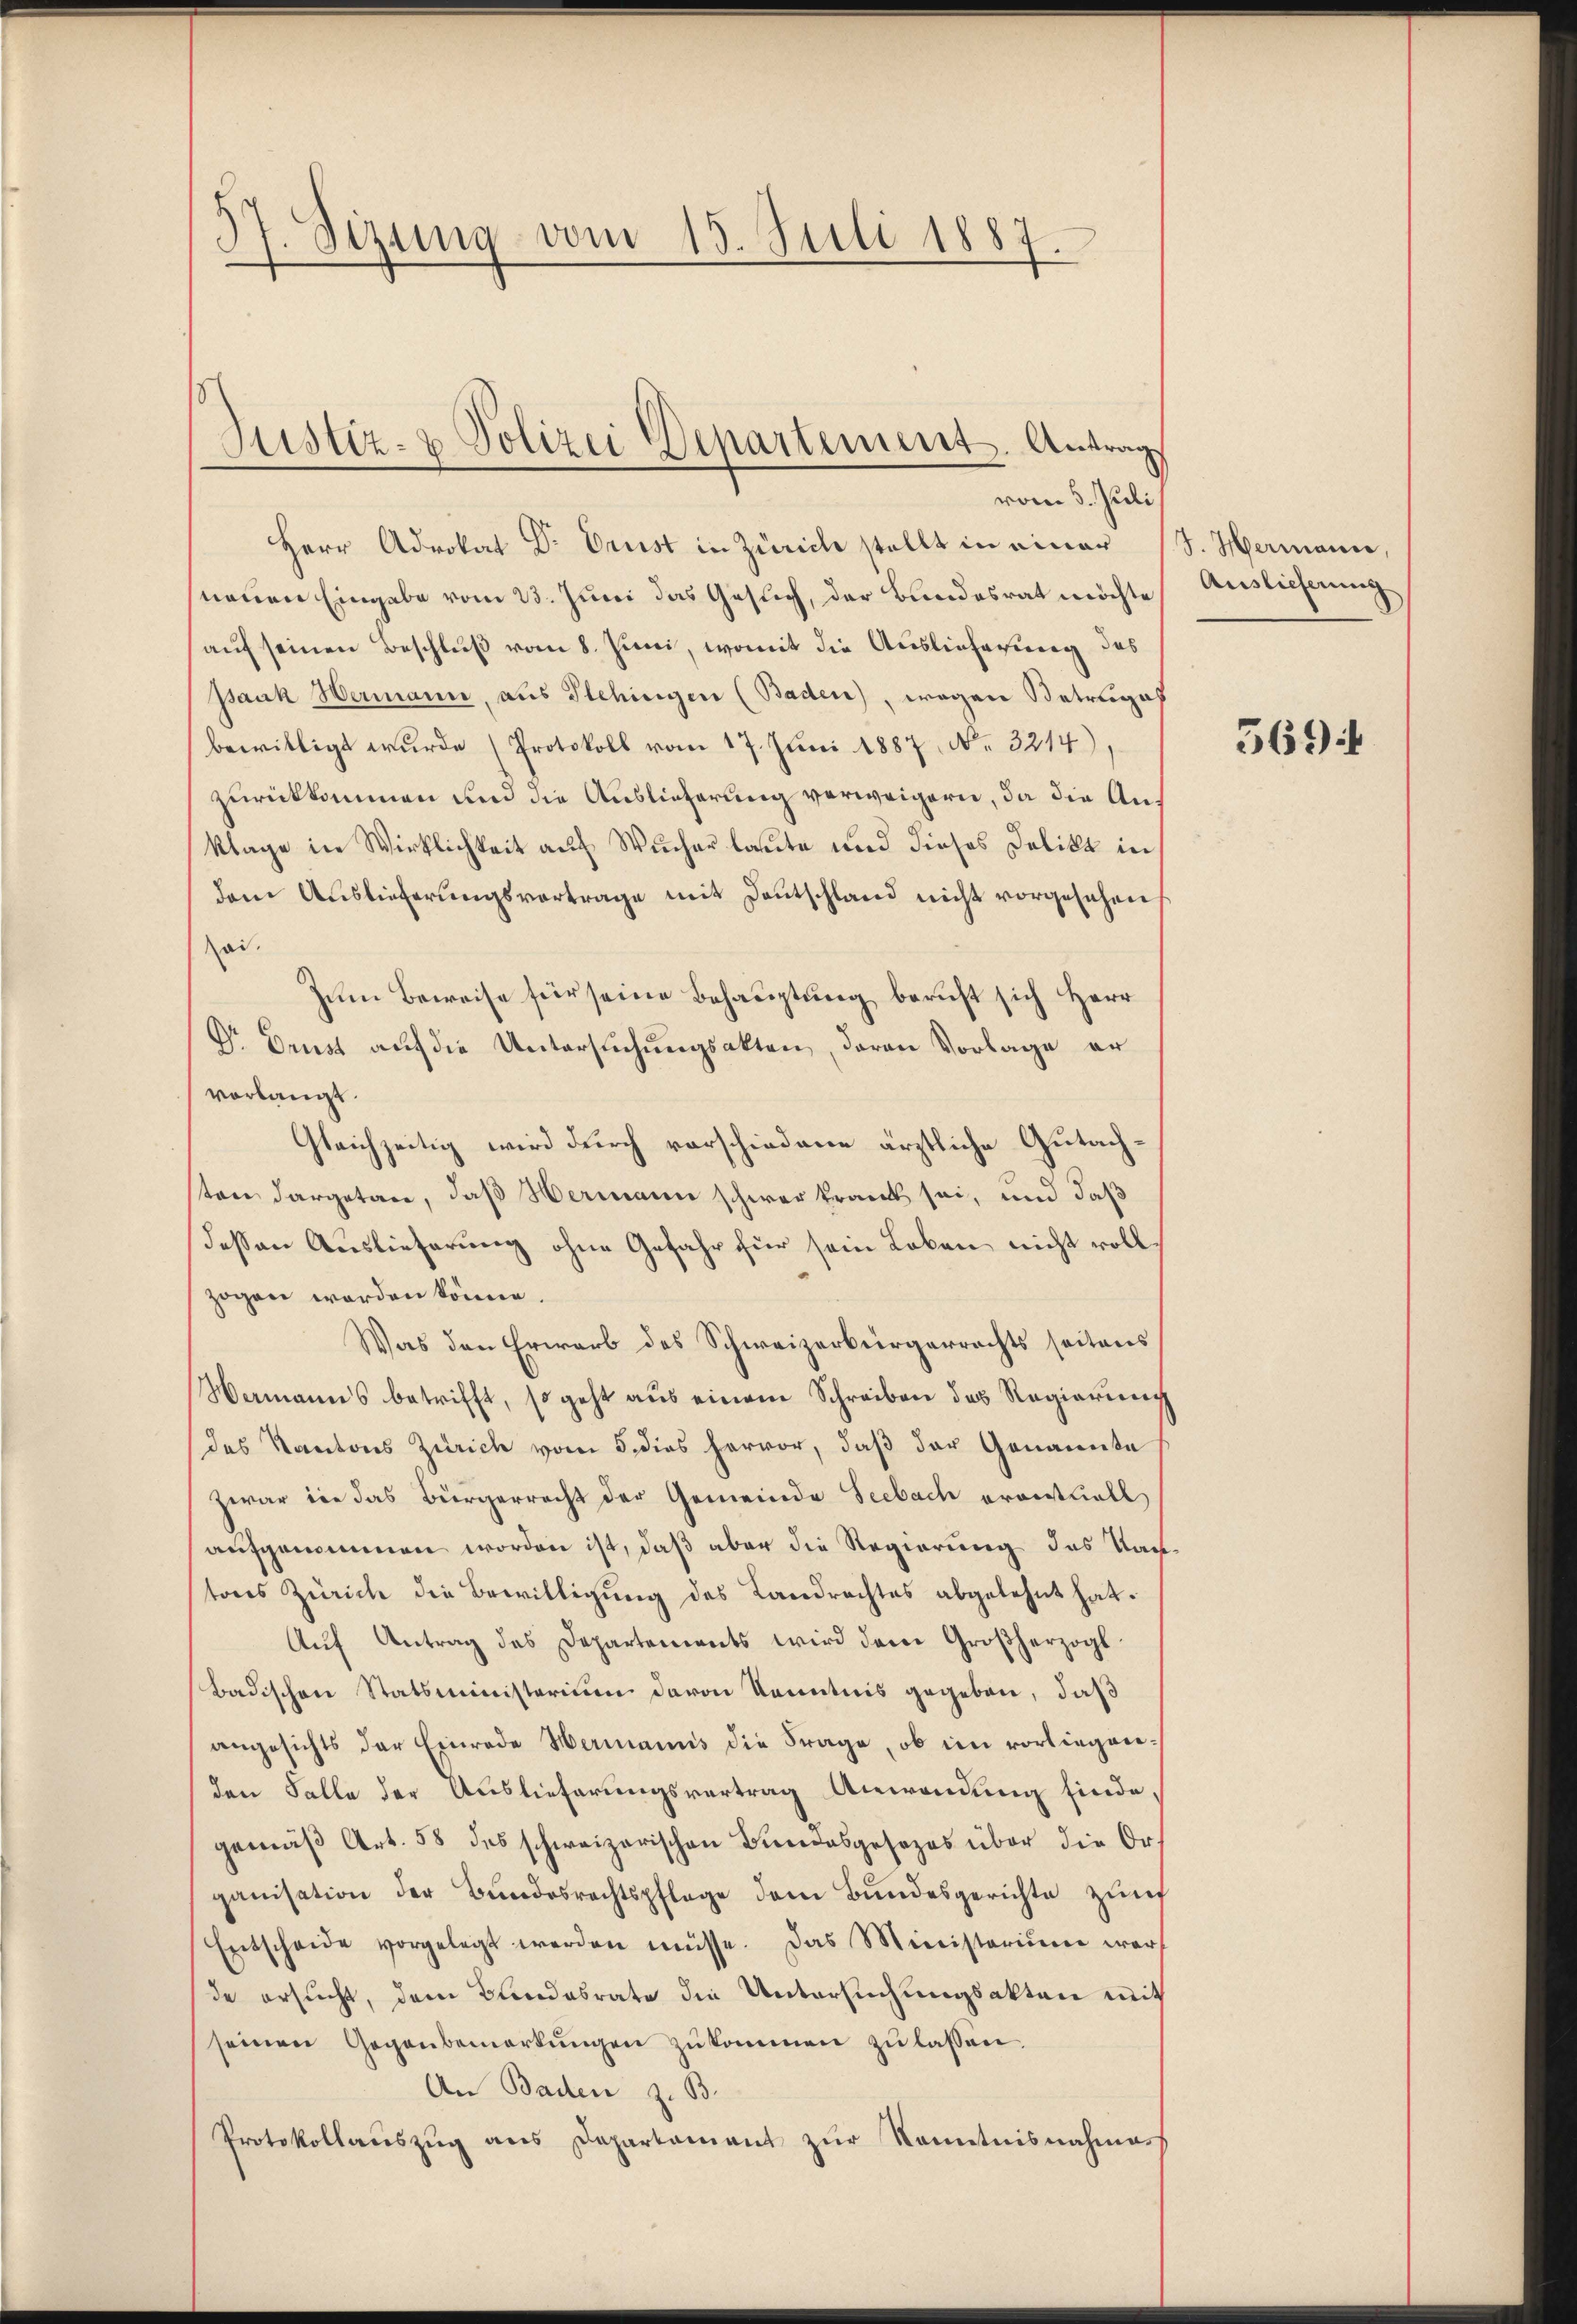
37. Sizung vom 15. Juli 1887.

Herr Advokat Dr. Ernst in Zürich stellt in einer
neuen Eingabe vom 23. Juni das Gesuch, der Bundesrat möchte
auf seinen Beschluß vom 8. Juni, womit die Auslieferung des
paak Wermann, aus Flehingen (Baden), wegen Betruges
bewilligt wurde (Protokoll vom 17. Juni 1887, No. 3214),
zurückkommen und die Auslieferung verweigern, da die Anklage in Wirklichkeit auf Wucher laute und dieses Delikt in
dem Auslieferŭngsvertrage mit Deutschland nicht vorgesehen
ai.
Zum Beweise für seine Behauptung beruft sich Herr
Dr Drust auf die Untersuchungsakten, daran Vorlage er
vorlangt.
Gleichzeitig wird durch vorschiedene ärztliche Gutachsten dargetan, daß Hermann schwer frank sei, und daß
deßen Auslieferung ohne Gefahr für sein Loben nicht voll
zogen worden könne.
Was den Erwarb des Schweizerbürgerrechts seitens
Wermanns betrifft, so geht aus einem Schreiben des Regierung
des Kantons Zürich vom 5. dies hervor, daß der Genannte
zwar in das Bürgerrecht der Gemeinde Seebach errentuell
aufgenommen worden ist, daß aber die Regierung des Tagtons Zürich die Bewilligung des Landrechtes abgelehnt hat.
Aŭf Antrag des Departements wird dem Großherzogl
Badischen Statsministerium davon Kenntnis gegeben, daß
angesichts der Einrede Hermanns die Frage, ob im vorliegenden Falle der Auslieferungsvertrag Anwendung finde,
gemäß Art. 58 des schweizerischen Bundesgesezes über die Organisation der Bundesrechtspflege dem Bundesgerichte zum
Entscheide vorgelegt werden müsse. Das Ministerium war
de ersucht, dem Bundesrate die Untersuchungsakten mit
seinen Gegenbemerkŭngen zukommen zu lassen.
An Baden z. B.
Protokollaŭszŭg ans Departament zŭr Kenntnisnahmens

Justiz- & Polizei Departement. Antrags
vom 5. Juli

J. Hermann,
Auslieferung

569